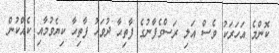
ކޮންމެ އަހަރަކު ވެސް އަލި ރަސްގެފާނުގެ ފާތިޙާ ދުވަހު ފާތިޙާ ކިޔެވުމާއި ކެއްކުން